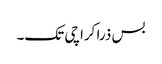
بس ذرا کراچی تک۔